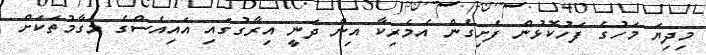
މިދިޔަ މަހުގެ ފަހުކޮޅުން ފެށިގެން އެމެރިކާ އިން ދަނީ އިރާގުގައި އައިއެސްގެ މަގާމުތަކަށް